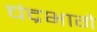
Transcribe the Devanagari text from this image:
चंद्रभागे